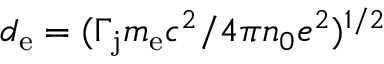
d _ { \mathrm { e } } = ( \Gamma _ { \mathrm { j } } m _ { \mathrm { e } } c ^ { 2 } / 4 \pi n _ { 0 } e ^ { 2 } ) ^ { 1 / 2 }